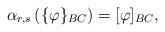
LaTeX: \begin{align*}\alpha_{r,s}\left(\{\varphi\}_{BC}\right)=[\varphi]_{BC},\end{align*}